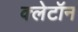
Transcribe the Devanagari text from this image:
क्लेटॉन